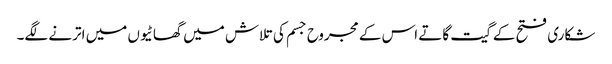
شکاری فتح کے گیت گاتے اس کے مجروح جسم کی تلاش میں گھاٹیوں میں اترنے لگے۔